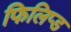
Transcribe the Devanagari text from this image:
फिलिप्ड